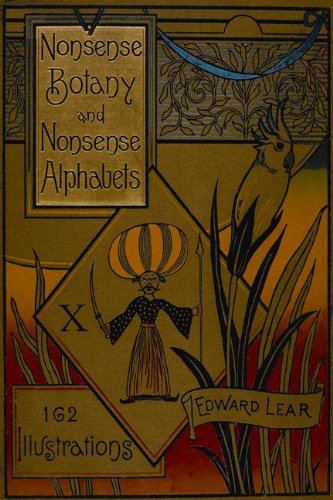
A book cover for Nonsense Botany and Nonsense Alphabets: Facsimile of the 1889 Edition; Edward Lear; Humor & Entertainment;